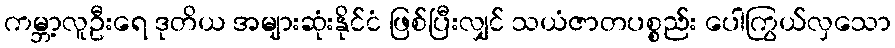
ကမ္ဘာ့လူဦးရေ ဒုတိယ အများဆုံးနိုင်ငံ ဖြစ်ပြီးလျှင် သယံဇာတပစ္စည်း ပေါကြွယ်လှသော